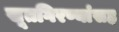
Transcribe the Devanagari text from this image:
सूतगिरण्यांसह